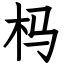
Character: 杩